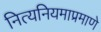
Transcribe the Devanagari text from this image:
नित्यनियमाप्रमाणे